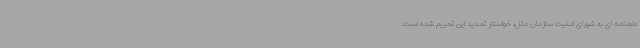
طعنامه ای به شورای امنیت سازمان ملل، خواستار تمدید این تحریم شده است.